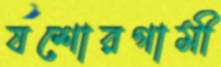
যশোরগামী